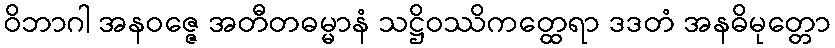
ဝိဘာဂါ အနဝဇ္ဇေ အတီတဓမ္မာနံ သဋ္ဌိဝဿိကတ္ထေရာ ဒဒတံ အနဓိမုတ္တော